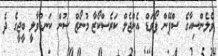
ވެލެންސިއާގެ ސްޕޭން ފޯވަޑް އެންޖެލް ކަރެސްކޯޒާ މުނޯޒް ސުން ކަނޑުވާލީ ބީޖީގެ ދެ